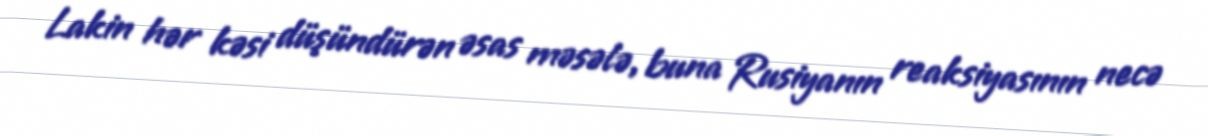
Lakin hər kəsi düşündürən əsas məsələ, buna Rusiyanın reaksiyasının necə